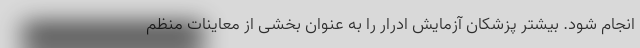
انجام شود. بیشتر پزشکان آزمایش ادرار را به عنوان بخشی از معاینات منظم